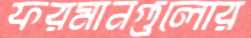
ফরমানগুলোর